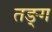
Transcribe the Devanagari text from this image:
तङ्ग